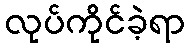
လုပ်ကိုင်ခဲ့ရာ